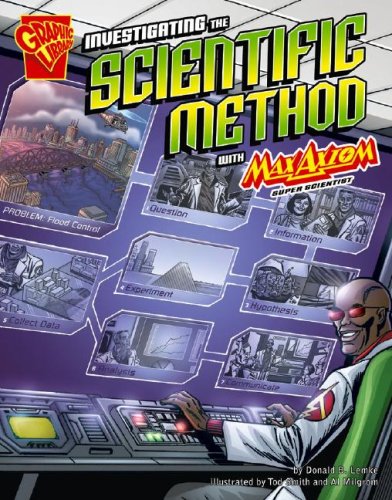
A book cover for Investigating the Scientific Method with Max Axiom, Super Scientist (Graphic Science); Donald B. Lemke; Children's Books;